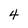
Character: 4